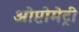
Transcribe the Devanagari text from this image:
ओप्टोमेट्री